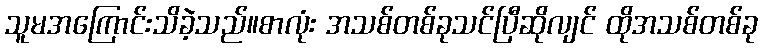
သူမအကြောင်းသိခဲ့သည်။စာလုံး အသစ်တစ်ခုသင်ပြီဆိုလျင် ထိုအသစ်တစ်ခု